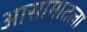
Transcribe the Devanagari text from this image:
आसामातला